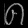
Digit: ၈